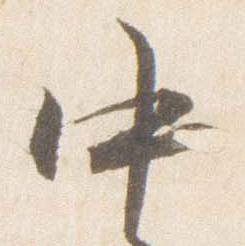
中